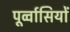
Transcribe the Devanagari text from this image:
पूर्व्वासियों